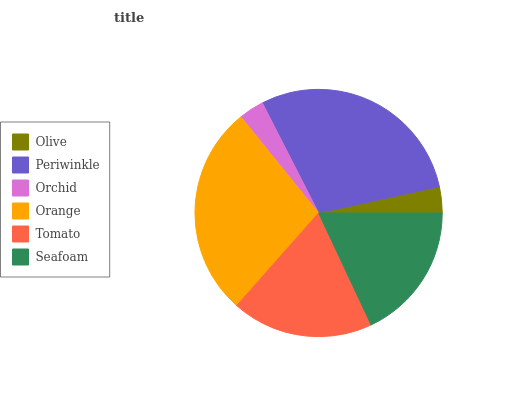
| Olive | Periwinkle | Orchid | Orange | Tomato | Seafoam |
 | --- | --- | --- | --- | --- | --- |
 | 3.41% | 29.1% | 3.31% | 27.7% | 18.5% | 18% |